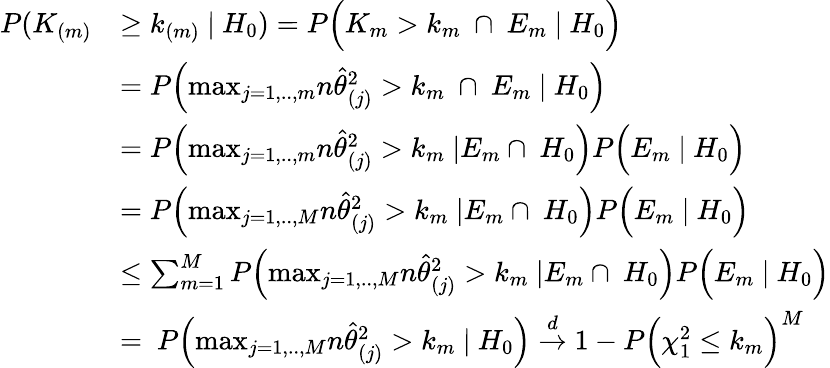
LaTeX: \begin{array}{rl}{P(K_{(m)}}&{\geq k_{(m)}\ |\ H_{0})=P\Big(K_{m}>k_{m}\ \cap\ E_{m}\ |\ H_{0}\Big)}\\ &{=P\Big(\mathop{\operatorname*{max}}_{j=1,..,m}n\widehat{\theta}_{(j)}^{2}>k_{m}\ \cap\ E_{m}\ |\ H_{0}\Big)}\\ &{=P\Big(\mathop{\operatorname*{max}}_{j=1,..,m}n\widehat{\theta}_{(j)}^{2}>k_{m}\ |E_{m}\cap\ H_{0}\Big)P\Big(E_{m}\ |\ H_{0}\Big)}\\ &{=P\Big(\mathop{\operatorname*{max}}_{j=1,..,M}n\widehat{\theta}_{(j)}^{2}>k_{m}\ |E_{m}\cap\ H_{0}\Big)P\Big(E_{m}\ |\ H_{0}\Big)}\\ &{\leq\sum_{m=1}^{M}P\Big(\mathop{\operatorname*{max}}_{j=1,..,M}n\widehat{\theta}_{(j)}^{2}>k_{m}\ |E_{m}\cap\ H_{0}\Big)P\Big(E_{m}\ |\ H_{0}\Big)}\\ &{=\ P\Big(\mathop{\operatorname*{max}}_{j=1,..,M}n\widehat{\theta}_{(j)}^{2}>k_{m}\ |\ H_{0}\Big)\stackrel{d}{\rightarrow}1-P\Big(\chi_{1}^{2}\leq k_{m}\Big)^{M}}\end{array}